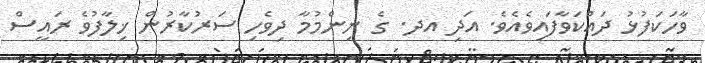
ވާހަކަފުޅު ދައްކަވާފައިވެއެވެ. އަދި އދ. ގެ ނިންމުމާ ދިވެހި ސަރުކާރުން ޚިލާފުވެ ރައީސް